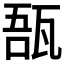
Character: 𤭑